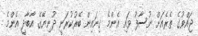
ޖައްވުގެ ތެރެއަށް ނުސާފު ވައި އެންމެ ގިނައިން ބޭރުކުރަނީ ދުނިޔޭގެ އާބާދީ އެންމެ